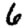
Digit: 6